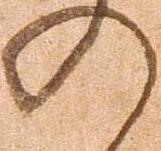
の